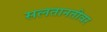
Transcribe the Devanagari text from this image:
सलतानतीवर